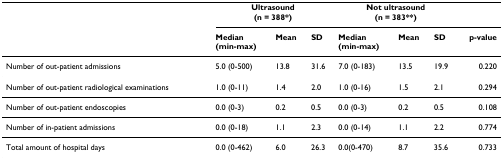
<table><thead><tr><td></td><td colspan="3"><b>Ultrasound(n = 388*)</b></td><td colspan="3"><b>Not ultrasound(n = 383**)</b></td><td></td></tr><tr><td></td><td><b>Median(min-max)</b></td><td><b>Mean</b></td><td><b>SD</b></td><td><b>Median(min-max)</b></td><td><b>Mean</b></td><td><b>SD</b></td><td><b>p-value</b></td></tr></thead><tbody><tr><td>Number of out-patient admissions</td><td>5.0 (0-500)</td><td>13.8</td><td>31.6</td><td>7.0 (0-183)</td><td>13.5</td><td>19.9</td><td>0.220</td></tr><tr><td>Number of out-patient radiological examinations</td><td>1.0 (0-11)</td><td>1.4</td><td>2.0</td><td>1.0 (0-16)</td><td>1.5</td><td>2.1</td><td>0.294</td></tr><tr><td>Number of out-patient endoscopies</td><td>0.0 (0-3)</td><td>0.2</td><td>0.5</td><td>0.0 (0-3)</td><td>0.2</td><td>0.5</td><td>0.108</td></tr><tr><td>Number of in-patient admissions</td><td>0.0 (0-18)</td><td>1.1</td><td>2.3</td><td>0.0 (0-14)</td><td>1.1</td><td>2.2</td><td>0.774</td></tr><tr><td>Total amount of hospital days</td><td>0.0 (0-462)</td><td>6.0</td><td>26.3</td><td>0.0(0-470)</td><td>8.7</td><td>35.6</td><td>0.733</td></tr></tbody></table>